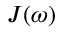
J ( \omega )